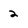
Character: 2